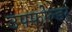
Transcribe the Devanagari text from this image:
उपफ़ोल्डर